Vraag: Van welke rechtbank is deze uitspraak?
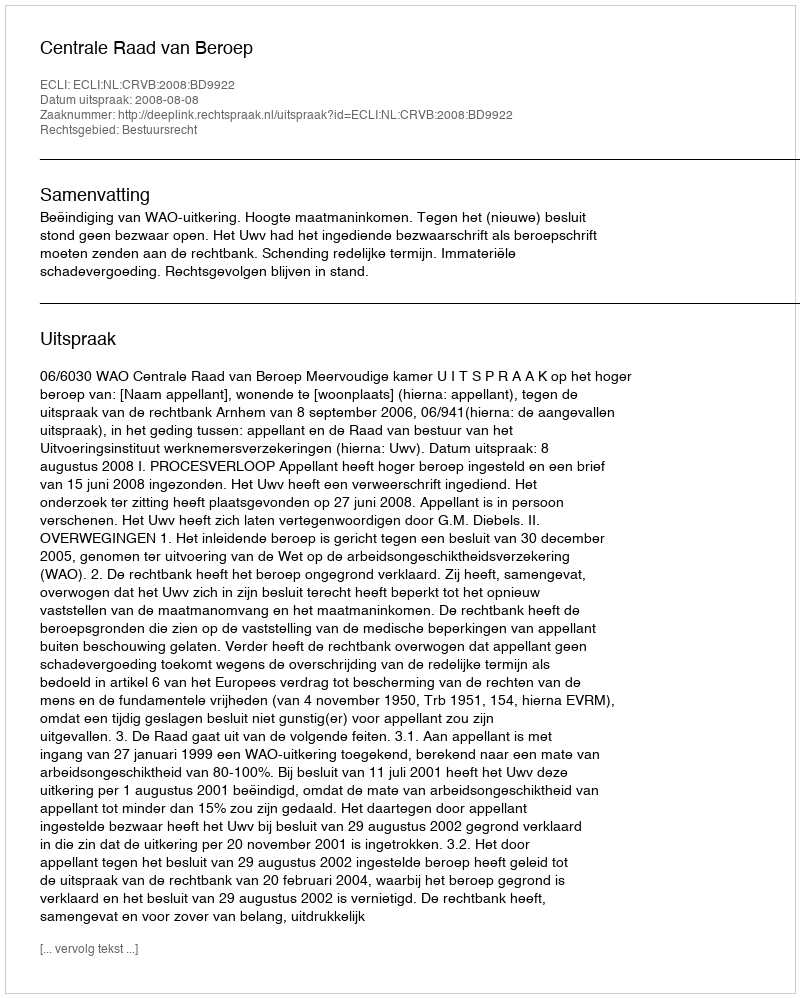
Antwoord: Centrale Raad van Beroep